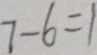
7 - 6 = 1